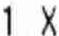
1 X